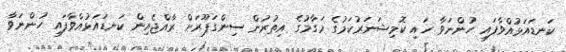
ކަނޑައަޅުއްވާފައި ހުންނަވާ ހައި ކޮމިޝަނަރުކަމުގެ މަގާމުގެ އިތުރުން ސިންގަޕޫރަށް ރާއްޖެއިން ކަނޑައަޅުއްވާފައި ހުންނަވާ